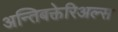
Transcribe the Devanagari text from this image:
अन्तिबक्तेरिअल्स